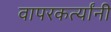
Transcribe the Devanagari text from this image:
वापरकर्त्यांनी